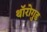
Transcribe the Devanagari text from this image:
थॉरोगुड